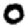
Digit: 0